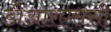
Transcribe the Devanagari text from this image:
डीआरएससी